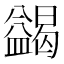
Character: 𭾓